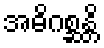
အဓိဂစ္ဆန္တိ